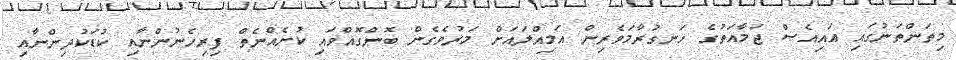
މިތަންތަނުގައި އައިއެސް ޖަމާއަތުގެ ހަނގުރާމަވެރިން އަމިއްލައަށް މަރުވެގެން ބޮންގޮއްވައި ކުށެއްނެތް ފިރިހެނުންނާއި ކުޑަކުދިންނާއި